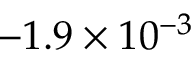
- 1 . 9 \times 1 0 ^ { - 3 }